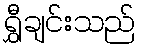
ရွှီချင်းသည်